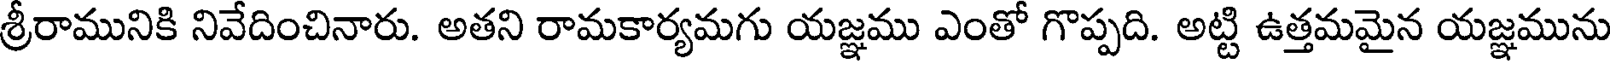
శ్రీరామునికి నివేదించినారు. అతని రామకార్యమగు యజ్ఞము ఎంతో గొప్పది. అట్టి ఉత్తమమైన యజ్ఞమును